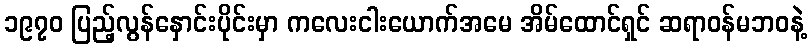
၁၉၇၀ ပြည့်လွန်နှောင်းပိုင်းမှာ ကလေးငါးယောက်အမေ အိမ်ထောင်ရှင် ဆရာဝန်မဘဝနဲ့